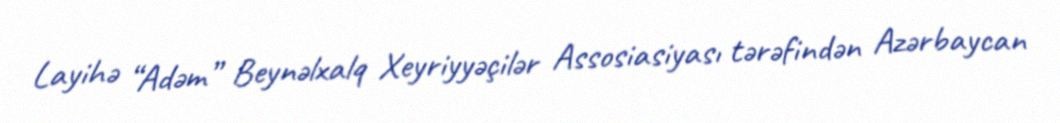
Layihə “Adəm” Beynəlxalq Xeyriyyəçilər Assosiasiyası tərəfindən Azərbaycan